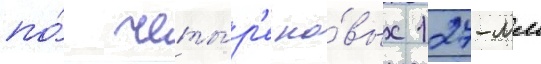
по́ четы́р'е но́вых 127-мм